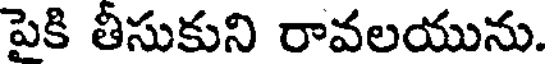
పెకి తీసుకుని రావలయును.